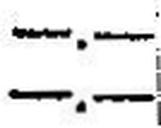
—.—